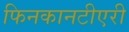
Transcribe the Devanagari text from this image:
फिनकानटीएरी